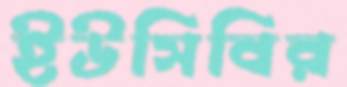
ইউসিবির